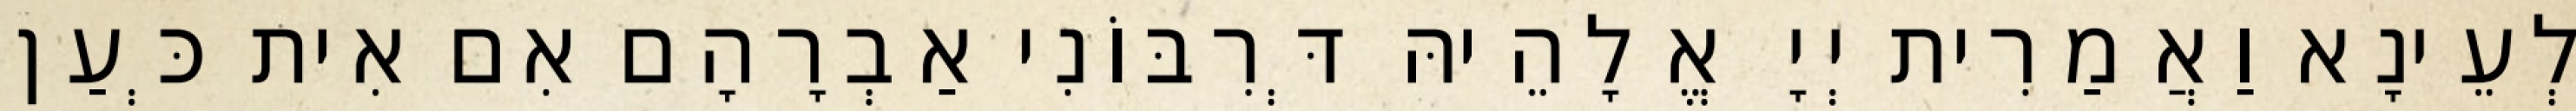
לְעֵינָא וַאֲמַרִית יְיָ אֱלָהֵיהּ דְּרִבּוֹנִי אַבְרָהָם אִם אִית כְּעַן